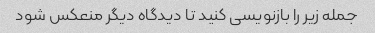
جمله زیر را بازنویسی کنید تا دیدگاه دیگر منعکس شود